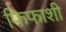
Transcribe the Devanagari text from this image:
फिफाशी